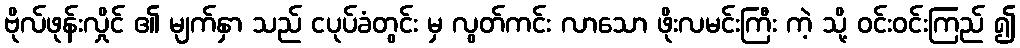
ဗိုလ်ဖုန်းလှိုင် ၏ မျက်နှာ သည် ငပုပ်ခံတွင်း မှ လွတ်ကင်း လာသော ဖိုးလမင်းကြီး ကဲ့ သို့ ဝင်းဝင်းကြည် ၍